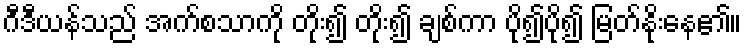
ဂီဒီယန်သည် အက်စသာကို တိုး၍ တိုး၍ ချစ်ကာ ပို၍ပို၍ မြတ်နိုးနေ၏။